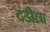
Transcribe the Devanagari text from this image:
दंडीला